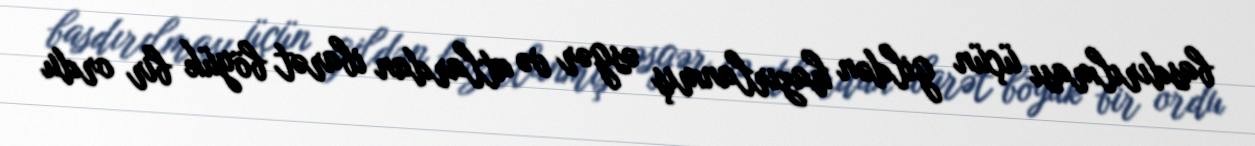
basdırılması üçün gildən hazırlanmış əsgər və atlardan ibarət böyük bir ordu